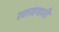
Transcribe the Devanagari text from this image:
लासवारी